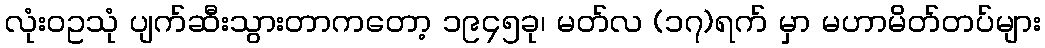
လုံးဝဥသုံ ပျက်ဆီးသွားတာကတော့ ၁၉၄၅ခု၊ မတ်လ (၁၇)ရက် မှာ မဟာမိတ်တပ်များ